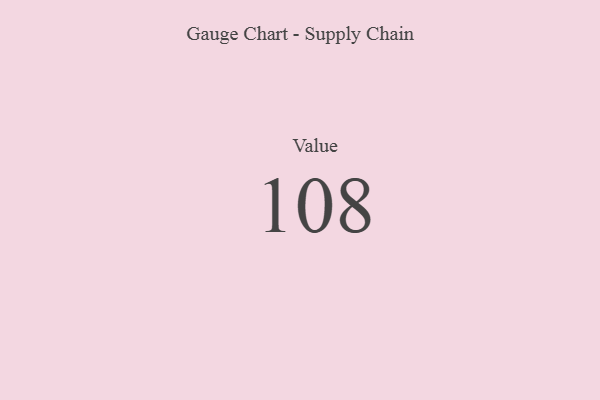
{"axis": {"x": "Metric", "y": "Value"}, "legend": [""], "data": [{"x": "Value", "y": 108, "type": ""}]}